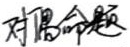
对偶命题